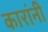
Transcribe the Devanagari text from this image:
कारांनी